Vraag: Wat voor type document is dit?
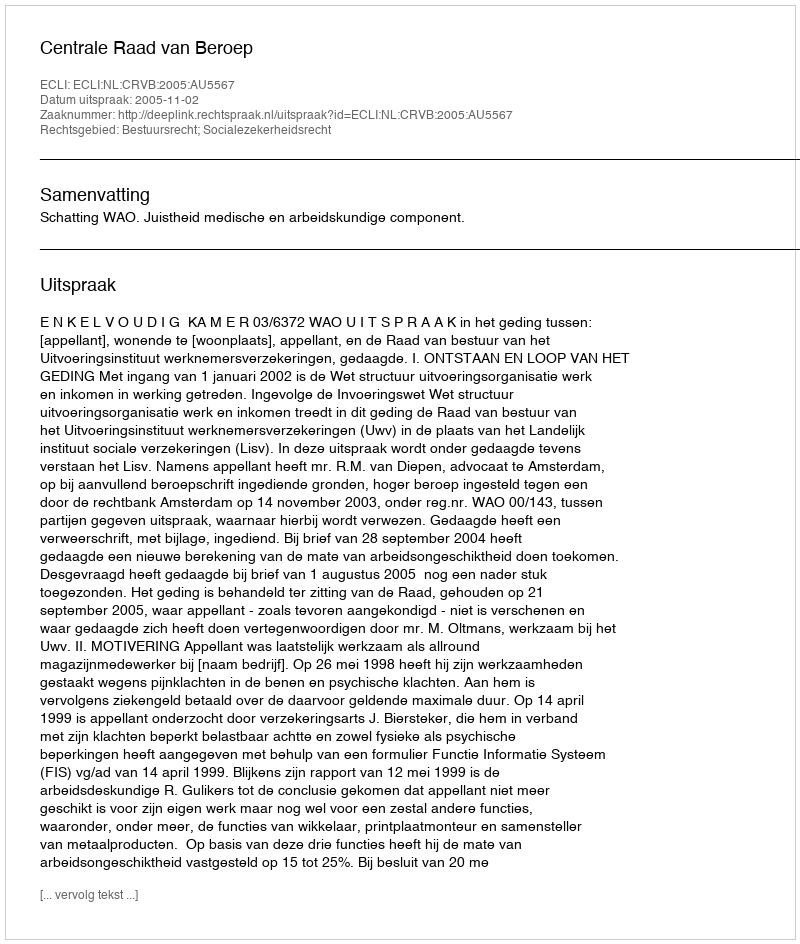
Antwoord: Uitspraak